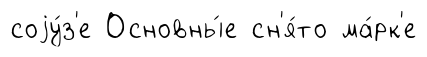
соjу́з'е Основны́е сн'я́то ма́рк'е